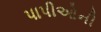
પાપીઓની